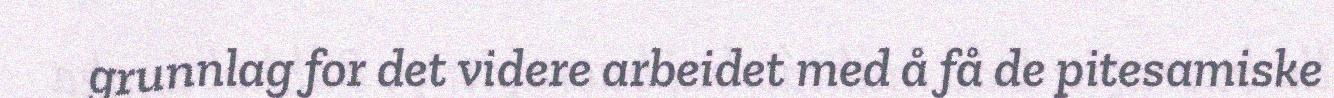
grunnlag for det videre arbeidet med å få de pitesamiske